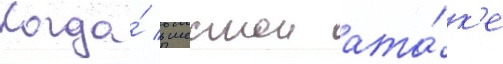
Когда́ в шестои ата́к'е